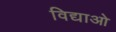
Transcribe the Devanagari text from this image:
विद्याओ